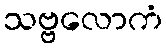
သဗ္ဗလောကံ